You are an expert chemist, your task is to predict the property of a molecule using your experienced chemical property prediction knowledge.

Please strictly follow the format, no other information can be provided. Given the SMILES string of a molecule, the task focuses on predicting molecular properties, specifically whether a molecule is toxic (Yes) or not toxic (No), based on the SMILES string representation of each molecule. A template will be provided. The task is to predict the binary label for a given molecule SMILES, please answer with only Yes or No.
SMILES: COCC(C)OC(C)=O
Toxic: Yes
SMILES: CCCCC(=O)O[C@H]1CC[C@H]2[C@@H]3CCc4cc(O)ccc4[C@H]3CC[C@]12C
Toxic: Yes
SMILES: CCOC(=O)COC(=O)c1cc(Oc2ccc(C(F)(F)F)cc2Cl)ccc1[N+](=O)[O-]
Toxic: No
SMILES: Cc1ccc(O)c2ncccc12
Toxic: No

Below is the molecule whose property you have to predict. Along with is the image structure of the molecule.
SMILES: CCN(CC)CCO[C@H]1CC[C@@]2(C)C(=CC[C@H]3[C@@H]4CCC(=O)[C@@]4(C)CC[C@@H]32)C1
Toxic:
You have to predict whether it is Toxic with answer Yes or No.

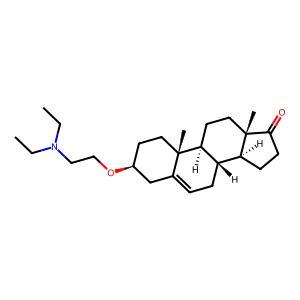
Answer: No